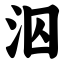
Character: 泅